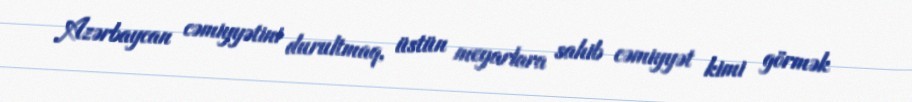
Azərbaycan cəmiyyətini durultmaq, üstün meyarlara sahib cəmiyyət kimi görmək